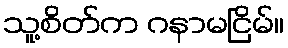
သူ့စိတ်က ဂနာမငြိမ်။